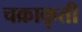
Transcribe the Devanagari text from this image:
चक्राकृती